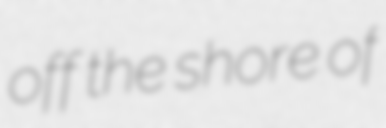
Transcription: off the shore of